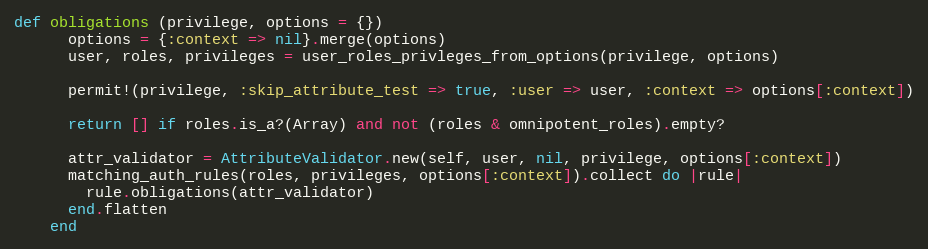
Language: Ruby
def obligations (privilege, options = {})
      options = {:context => nil}.merge(options)
      user, roles, privileges = user_roles_privleges_from_options(privilege, options)

      permit!(privilege, :skip_attribute_test => true, :user => user, :context => options[:context])

      return [] if roles.is_a?(Array) and not (roles & omnipotent_roles).empty?

      attr_validator = AttributeValidator.new(self, user, nil, privilege, options[:context])
      matching_auth_rules(roles, privileges, options[:context]).collect do |rule|
        rule.obligations(attr_validator)
      end.flatten
    end